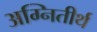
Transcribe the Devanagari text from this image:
अग्नितीर्थ